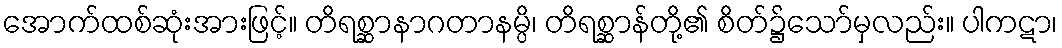
အောက်ထစ်ဆုံးအားဖြင့်။ တိရစ္ဆာနာဂတာနမ္ပိ၊ တိရစ္ဆာန်တို့၏ စိတ်၌သော်မှလည်း။ ပါကဋာ၊